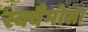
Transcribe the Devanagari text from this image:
स्क्वैमोसा